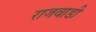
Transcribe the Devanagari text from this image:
राजवाडी